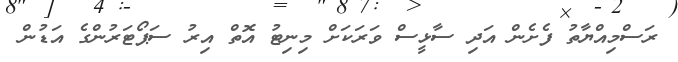
ރަސްމިއްޔާތު ފެށެން އަދި ސާޅީސް ވަރަކަށް މިނިޓު އޮތް އިރު ސަޕޯޓަރުންގެ އަޑުން